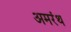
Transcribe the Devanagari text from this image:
अमरंथ